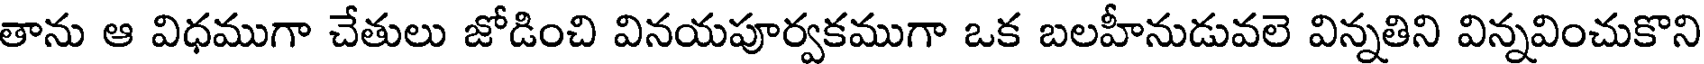
తాను ఆ విధముగా చేతులు జోడించి వినయపూర్వకముగా ఒక బలహీనుడువలె విన్నతిని విన్నవించుకొని